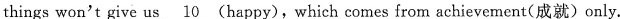
things won't give us \underline{10}(happiness), which comes from achievement(成就) only.